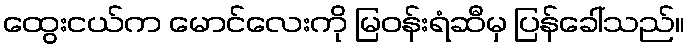
ထွေးငယ်က မောင်လေးကို မြဝန်းရံဆီမှ ပြန်ခေါ်သည်။